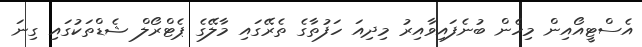
އެސްޓީއޯއިން މިހެން ބުނެފައިވާއިރު މިދިއަ ހަފުތާގެ ތެރޭގައި މާލޭގެ ޕެޓްރޯލް ޝެޑްތަކުގައި ގިނަ